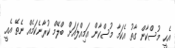
އެހީ މުސްކާން ގާތު އެކަމާ މުސްކާން އަމިއްލައަށް ބްލޭމް ކުރާނެކަމެއް ނެތޭ އެއީ